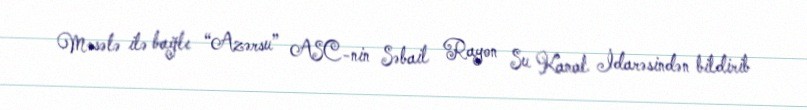
Məsələ ilə bağlı “Azərsu” ASC-nin Səbail Rayon Su Kanal İdarəsindən bildirib